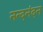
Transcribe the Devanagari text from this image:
नन्दनंदन